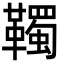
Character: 䪅